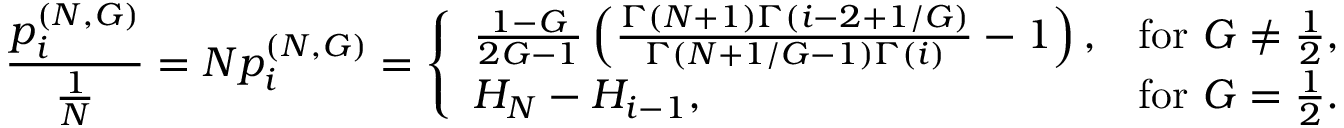
\frac { p _ { i } ^ { ( N , G ) } } { \frac { 1 } { N } } = N p _ { i } ^ { ( N , G ) } = \left\{ \begin{array} { l l } { \frac { 1 - G } { 2 G - 1 } \left( \frac { \Gamma ( N + 1 ) \Gamma ( i - 2 + 1 / G ) } { \Gamma ( N + 1 / G - 1 ) \Gamma ( i ) } - 1 \right) , } & { \mathrm { f o r ~ } G \neq \frac { 1 } { 2 } , } \\ { H _ { N } - H _ { i - 1 } , } & { \mathrm { f o r ~ } G = \frac { 1 } { 2 } . } \end{array} \right.